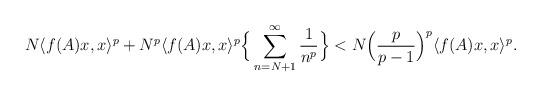
LaTeX: \begin{align*}{}N \langle f(A)x, x \rangle^p + {N}^p\langle f(A)x, x \rangle^p\Big\{\displaystyle\sum_{n= N+1}^{\infty}\frac{1}{n^p}\Big\} &< N\Big(\frac{p}{p-1}\Big)^{p} \langle f(A)x, x \rangle^p.\end{align*}